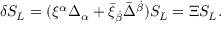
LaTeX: \delta S _ { L } = ( \xi ^ { \alpha } \Delta _ { \alpha } + \bar { \xi } _ { \dot { \beta } } \bar { \Delta } ^ { \dot { \beta } } ) S _ { L } = \Xi S _ { L } .